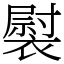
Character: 褽